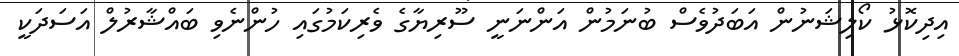
އިދިކޮޅު ކޯލިޝަނުން އަބަދުވެސް ބުނަމުން އަންނަނީ ސޫރިޔާގެ ވެރިކަމުގައި ހުންނެވި ބައްޝާރުލް އަސަދަކީ